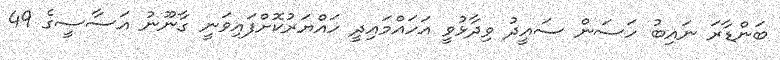
ބަންޑާރަ ނައިބު ހަސަން ސައީދު ވިދާޅުވީ އަހައްމައިދީ ހައްޔަރުކޮށްފައިވަނީ ގާނޫނު އަސާސީގެ 49